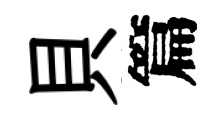
貝篇